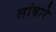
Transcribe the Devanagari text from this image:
लांबारे